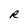
Character: R